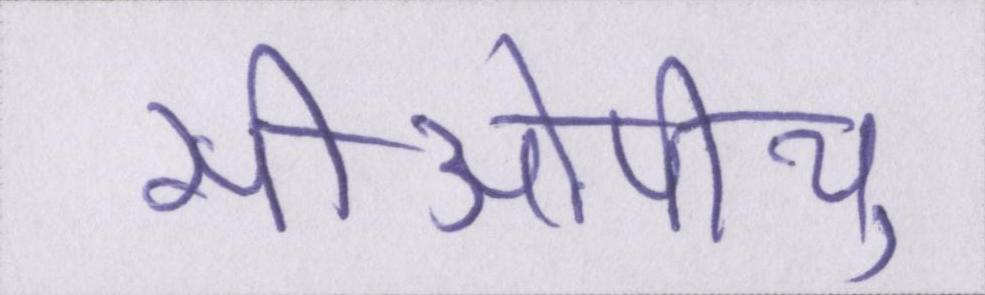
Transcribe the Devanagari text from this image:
सीओपीयू